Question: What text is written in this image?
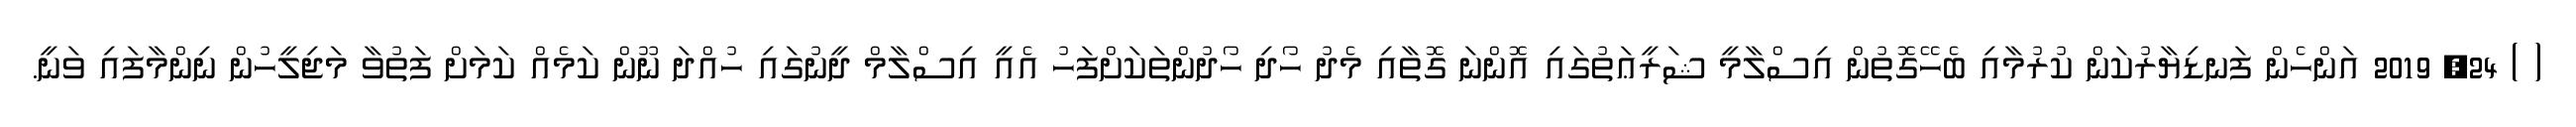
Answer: ( ) 24, 2019 އަންހެން ފަނޑިޔާރުކަން ކުރުމާއި ބެހޭގޮތުން އިސްލާމީ ޝަރީޢަތުގައި އޮންނަ ގޮތާއި މެދު ހޯދި ހޯދުންތަކަށްފަހު އެއީ އިސްލާމް ދީނުގައި ހުއްދަ ނޫން ކަމެއް ކަމަށް ފަތުވާ މަޖިލީހުން ނިންމާފައި ވަނީ.